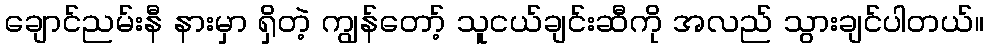
ချောင်ညမ်းနီ နားမှာ ရှိတဲ့ ကျွန်တော့် သူငယ်ချင်းဆီကို အလည် သွားချင်ပါတယ်။